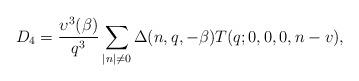
LaTeX: \begin{align*}D_4=\frac{\upsilon^3(\beta)}{q^3}\sum_{|n|\not=0}\Delta(n,q,-\beta)T(q;0,0,0,n-v),\end{align*}